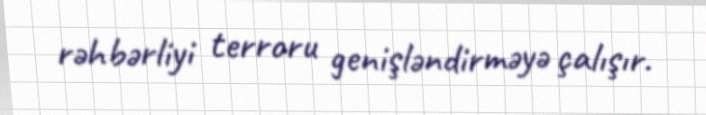
rəhbərliyi terroru genişləndirməyə çalışır.